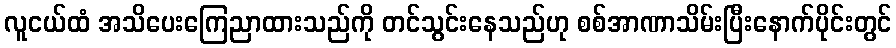
လူငယ်ထံ အသိပေးကြေညာထားသည်ကို တင်သွင်းနေသည်ဟု စစ်အာဏာသိမ်းပြီးနောက်ပိုင်းတွင်